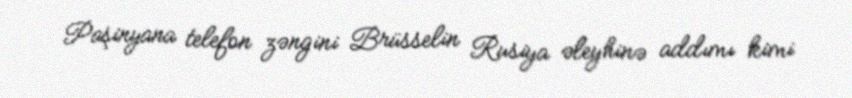
Paşinyana telefon zəngini Brüsselin Rusiya əleyhinə addımı kimi